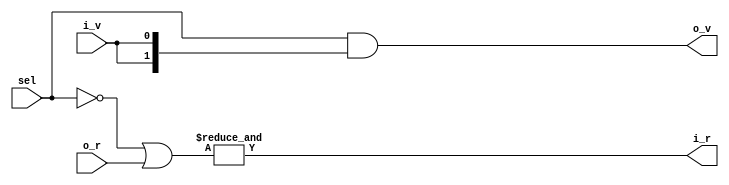
// *!***************************************************************************
// *! Copyright 2019 International Business Machines
// *!
// *! Licensed under the Apache License, Version 2.0 (the "License");
// *! you may not use this file except in compliance with the License.
// *! You may obtain a copy of the License at
// *! http://www.apache.org/licenses/LICENSE-2.0 
// *!
// *! The patent license granted to you in Section 3 of the License, as applied
// *! to the "Work," hereby includes implementations of the Work in physical form. 
// *!
// *! Unless required by applicable law or agreed to in writing, the reference design
// *! distributed under the License is distributed on an "AS IS" BASIS,
// *! WITHOUT WARRANTIES OR CONDITIONS OF ANY KIND, either express or implied.
// *! See the License for the specific language governing permissions and
// *! limitations under the License.
// *!***************************************************************************
module base_ademux#
  (
   parameter ways = 2
   )
  (
   input [0:ways-1]   sel,
   input 	      i_v,
   output 	      i_r,
   output [0:ways-1]  o_v,
   input [0:ways-1]   o_r
   );

   assign i_r = &(~sel | o_r);
   assign o_v = sel & {ways{i_v}};
endmodule // base_mux